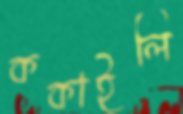
ককাইলি